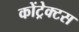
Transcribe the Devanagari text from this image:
कोंट्रेक्टस